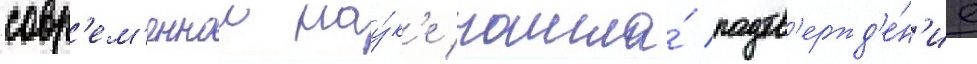
совр'ем'еннои нау́к'е нашла́ подтв'ержд'е́н'ие